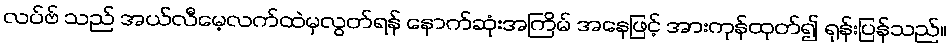
လပ်ဗ် သည် အယ်လီမေ့လက်ထဲမှလွတ်ရန် နောက်ဆုံးအကြိမ် အနေဖြင့် အားကုန်ထုတ်၍ ရုန်းပြန်သည်။